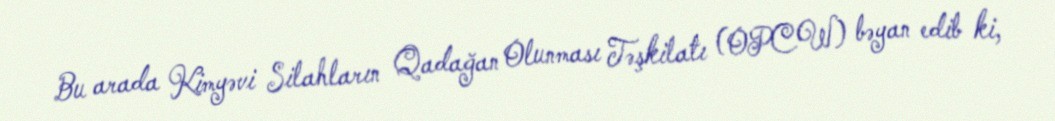
Bu arada Kimyəvi Silahların Qadağan Olunması Təşkilatı (OPCW) bəyan edib ki,